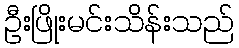
ဦးဖြိုးမင်းသိန်းသည်